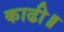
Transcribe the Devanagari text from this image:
काढी॥